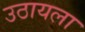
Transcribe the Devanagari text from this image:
उठायला